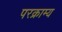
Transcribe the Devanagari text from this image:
परक्राम्‍य